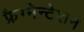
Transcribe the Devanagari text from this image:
फ्रैग्मेन्टेशन